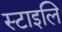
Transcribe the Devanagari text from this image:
स्टाइलि